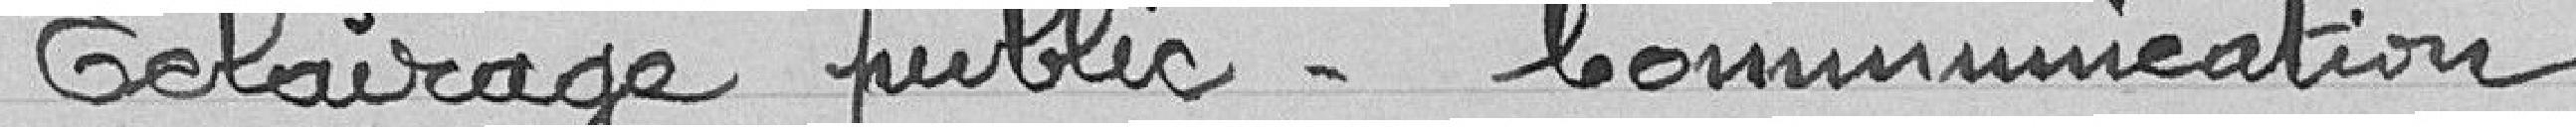
Eclairage public - Communication